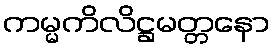
ကမ္မကိလိဋ္ဌမတ္တနော